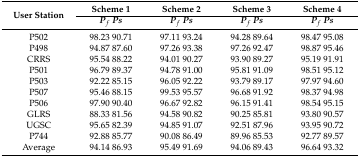
<table><thead><tr><td rowspan="2"><b>User Station</b></td><td><b>Scheme 1</b></td><td><b>Scheme 2</b></td><td><b>Scheme 3</b></td><td><b>Scheme 4</b></td></tr><tr><td><b><i>P<sub>f</sub></i><i>Ps</i></b></td><td><b><i>P<sub>f</sub></i><i>Ps</i></b></td><td><b><i>P<sub>f</sub></i><i>Ps</i></b></td><td><b><i>P<sub>f</sub></i><i>Ps</i></b></td></tr></thead><tbody><tr><td>P502</td><td>98.23 90.71</td><td>97.11 93.24</td><td>94.28 89.64</td><td>98.47 95.08</td></tr><tr><td>P498</td><td>94.87 87.60</td><td>97.26 93.38</td><td>97.26 92.47</td><td>98.87 95.46</td></tr><tr><td>CRRS</td><td>95.54 88.22</td><td>94.01 90.27</td><td>93.90 89.27</td><td>95.19 91.91</td></tr><tr><td>P501</td><td>96.79 89.37</td><td>94.78 91.00</td><td>95.81 91.09</td><td>98.51 95.12</td></tr><tr><td>P503</td><td>92.22 85.15</td><td>96.05 92.22</td><td>93.79 89.17</td><td>97.97 94.60</td></tr><tr><td>P507</td><td>95.46 88.15</td><td>99.53 95.57</td><td>96.68 91.92</td><td>98.37 94.98</td></tr><tr><td>P506</td><td>97.90 90.40</td><td>96.67 92.82</td><td>96.15 91.41</td><td>98.54 95.15</td></tr><tr><td>GLRS</td><td>88.33 81.56</td><td>94.58 90.82</td><td>90.25 85.81</td><td>93.80 90.57</td></tr><tr><td>UGSC</td><td>95.65 82.39</td><td>94.85 91.07</td><td>92.51 87.96</td><td>93.95 90.72</td></tr><tr><td>P744</td><td>92.88 85.77</td><td>90.08 86.49</td><td>89.96 85.53</td><td>92.77 89.57</td></tr><tr><td>Average</td><td>94.14 86.93</td><td>95.49 91.69</td><td>94.06 89.43</td><td>96.64 93.32</td></tr></tbody></table>